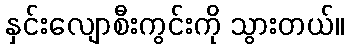
နှင်းလျောစီးကွင်းကို သွားတယ်။